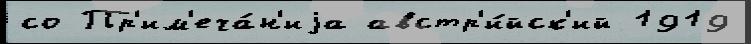
со Пр'им'еча́н'иjа австр'и́йск'ий 1919